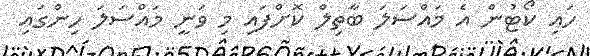
ހައި ކޯޓުން އެ މައްސަލަ ބާތިލް ކޮށްފައި މި ވަނީ މައްސަލަ ހިންގައި